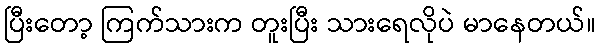
ပြီးတော့ ကြက်သားက တူးပြီး သားရေလိုပဲ မာနေတယ်။